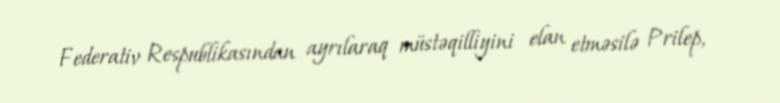
Federativ Respublikasından ayrılaraq müstəqilliyini elan etməsilə Prilep,